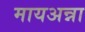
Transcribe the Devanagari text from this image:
मायअन्ना